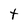
Character: t